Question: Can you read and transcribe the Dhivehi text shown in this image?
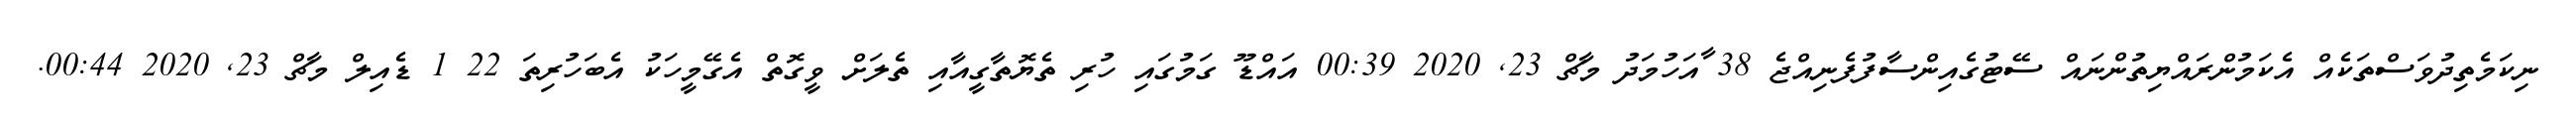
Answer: ނިކަމެތިދުވަސްތަކެއް އެކަމުންރައްޔިތުންނައް ސޭޓުގެއިންސާފުފެނިއްޖެ 38 ާއަހުމަދު މާޗް 23, 2020 00:39 އައްޑޫ ގަމުގައި ހުރި ތެޔޮތާގީއާއި ތެލަށް ވީގޮތް އެގޭމީހަކު އެބަހުރިތަ 22 1 ޑެއިލް މާޗް 23, 2020 00:44.